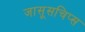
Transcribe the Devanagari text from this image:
जासूसचिप्स